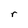
Character: r